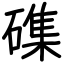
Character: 磼